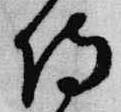
侍